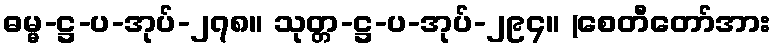
ဓမ္မ-ဋ္ဌ-ပ-အုပ်-၂၇၈။ သုတ္တ-ဋ္ဌ-ပ-အုပ်-၂၉၄။ (စေတီတော်အား